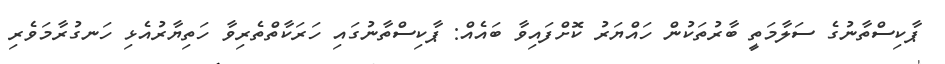
ޕާކިސްތާނުގެ ސަލާމަތީ ބާރުތަކުން ހައްޔަރު ކޮށްފައިވާ ބައެއް: ޕާކިސްތާނުގައި ހަރަކާތްތެރިވާ ހަތިޔާރުއެޅި ހަނގުރާމަވެރި